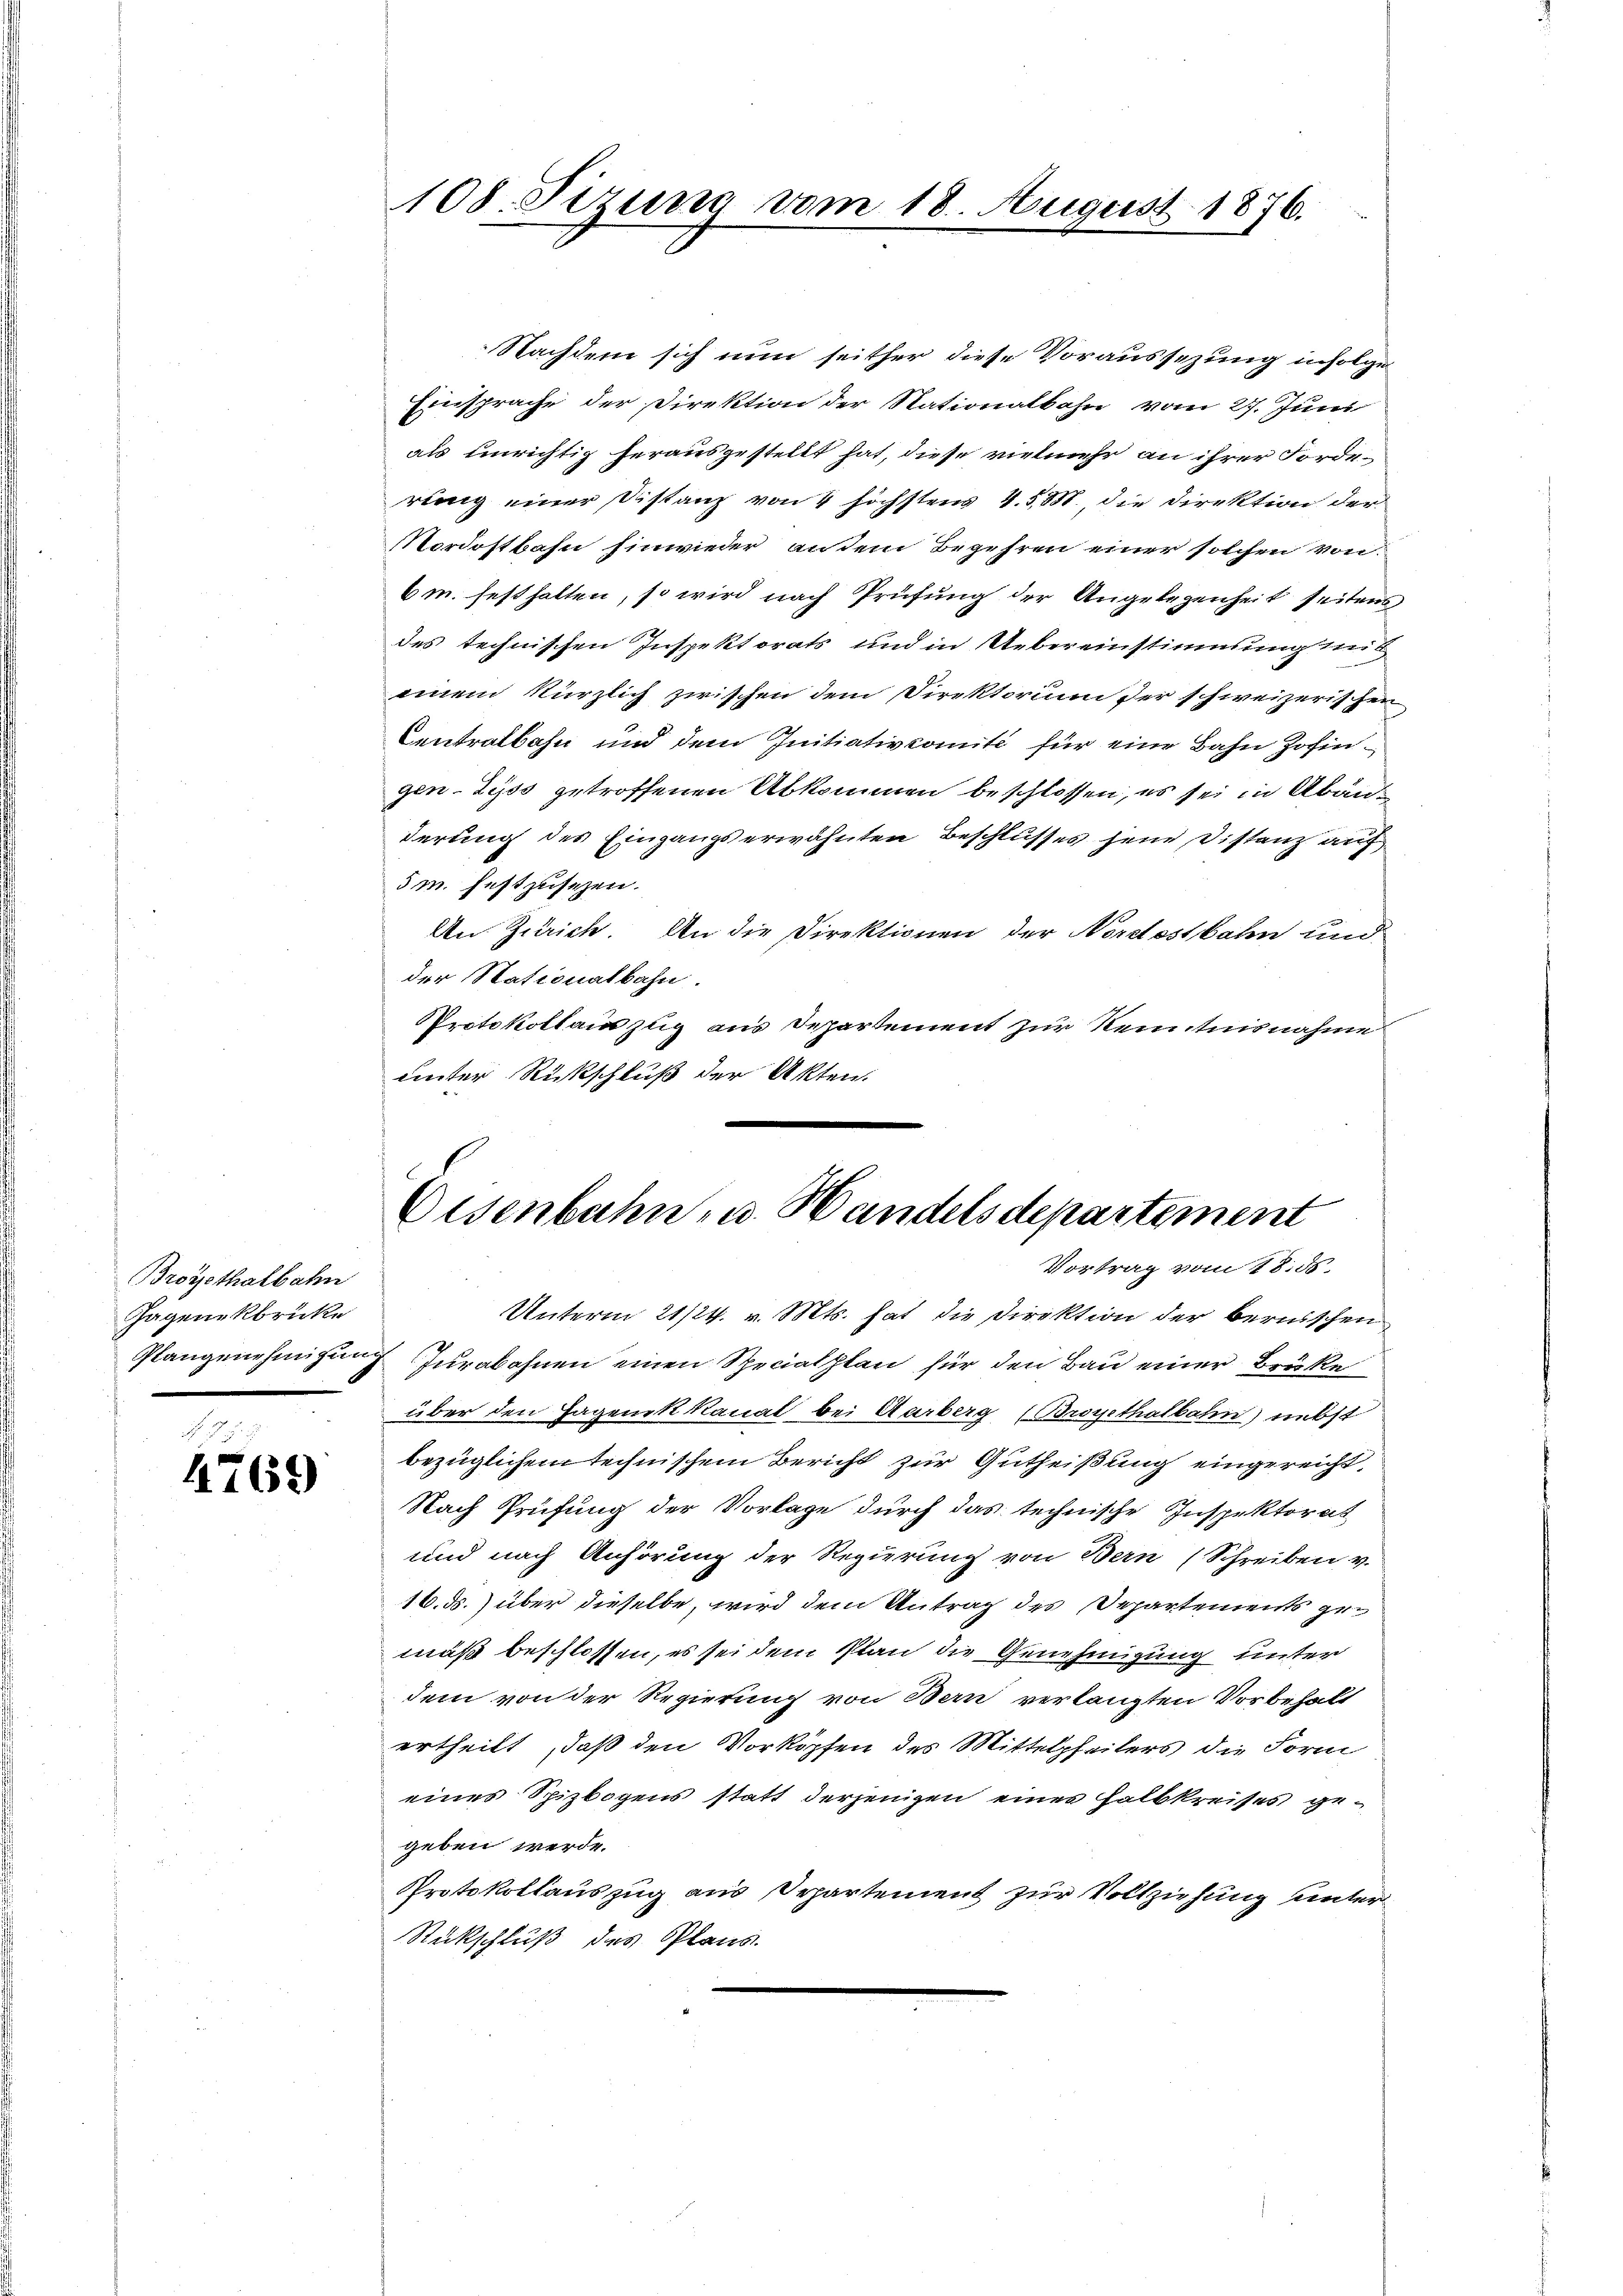
Broyethalbahn
Gagenekbrüke

4769

108. Sizung vom 18. August 1876.

Nachdem sich nun seither diese Voraussezung infolge
Einsprache der Direktion der Stationalbahn vom 27. Juni
als Einrichtig herausgestellt hat, diese vielmehr an ihrer Forderung einer Distanz von 4 höchstens 4. 5. M., die Direktion der
Mordostbahn hinwieder an dem Begehren einer solchen von
6m. festhalten, so wird nach Prüfung der Angelegenheit seitens
des technischen Inspektorats und in Uebereinstimmung mit
einem kürzlich zwischen dem Direktorium der schweizerischen
Centralbahn und dem Initiativkomite für eine Bahn Zofin
gen-Zyss getroffenen Abkommen beschlossen, es sei in Abänderung des Eingangserwähnten Beschlusses jene Distanz auf
5m. festzusezen.
An Zürich. An die Direktionen der Nordostbahn und
der Stationalbahn.
Protokollauszug aus Departement zur Kenntnisnahme.
unter Rückschluß der Akten.

Eisenbahn- u. Handelsdepartement
Vortrag vom 18. ds.

Unterm 21/24. v. Mts. hat die Direktion der bernischen
Plangenehmigung Jurabahnen einen Specialplan für den Bau einer Brüke
über den Hagenik kanal bei Aarberg (Broyethalbahn nebst
bezüglichem technischem Bericht zur Gutheißung eingereicht,
Nach Prüfung der Vorlage durch das technische Inspektorat
und nach Anhörung der Regierung von Bern (Schreiben v.
16. ds. über dieselbe, wird dem Antrag des Departements gemäß beschlossen, es sei dem Plan die Genehmigung unter
dem von der Regierung von Bern verlangten Vorbehalt
ertheilt, daß den Vorköpfen des Mittelpfeilers die Form
eines Spizbogens statt derjenigen einer Halbkreises gegeben werde.
Protokollauszug aus Departement zur Vollziehung unter
Rückschluß des Plans.